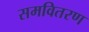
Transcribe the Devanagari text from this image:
समवितरण